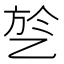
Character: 乻